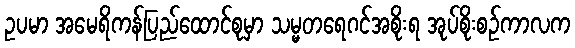
ဥပမာ အမေရိကန်ပြည်ထောင်စုမှာ သမ္မတရေဂင်အစိုးရ အုပ်စိုးစဉ်ကာလက